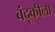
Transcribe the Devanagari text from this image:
बंदूकीला